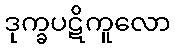
ဒုက္ခပဋိကူလော